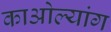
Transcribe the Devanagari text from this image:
काओल्यांग